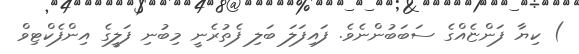
) ކިޔާ ފަންޏެއްގެ ސަބަބުންނެވެ. ފައިފަލަ ބަލި ފެތުރެނީ މިބުނި ފަލީގެ އިންފެކްޓިވް